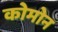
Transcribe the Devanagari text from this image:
कोमोन